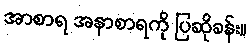
အာစာရ အနာစာရကို ပြဆိုခန်း။